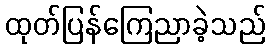
ထုတ်ပြန်ကြေညာခဲ့သည်